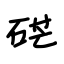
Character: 硭